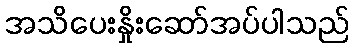
အသိပေးနှိုးဆော်အပ်ပါသည်